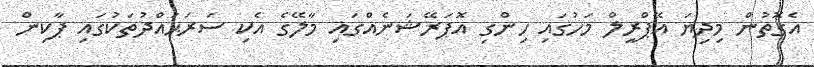
އެގޮތުން މިދިޔަ އޭޕްރީލް މަހުގައި ހިންގި އޮޕަރޭޝަނެއްގައި މާލޭގެ އެކި ސަރަޙައްދުތަކުގައި ޕާކިން